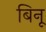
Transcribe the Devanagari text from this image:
बिनू